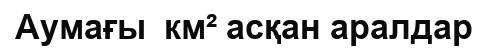
Аумағы  км² асқан аралдар